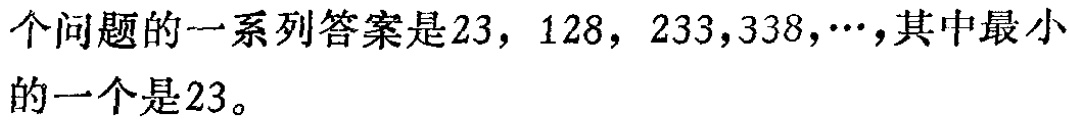
个问题的一系列答案是$23$，$128$，$233,338,\cdots$，其中最小的一个是$23$。